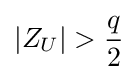
|Z_{U}|>{\frac {q}{2}}